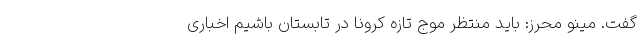
گفت. مینو محرز: باید منتظر موج تازه کرونا در تابستان باشیم اخباری